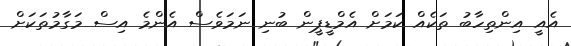
އެއީ އިންތިހާބު ތަކެއް ކަމަށް އެމްޑީޕީން ބުނި ނަމަވެސް އެންމެ އިސް މަގާމުތަކަށް